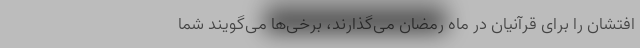
افتشان را برای قرآنیان در ماه رمضان می‌گذارند، برخی‌ها می‌گویند شما